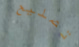
تصليح